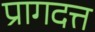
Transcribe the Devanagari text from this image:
प्रागदत्त